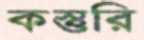
কস্তুরি